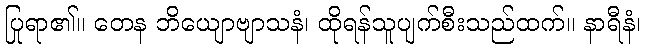
ပြုရာ၏။ တေန ဘိယျောဗျာသနံ၊ ထိုရန်သူပျက်စီးသည်ထက်။ နာရီနံ၊